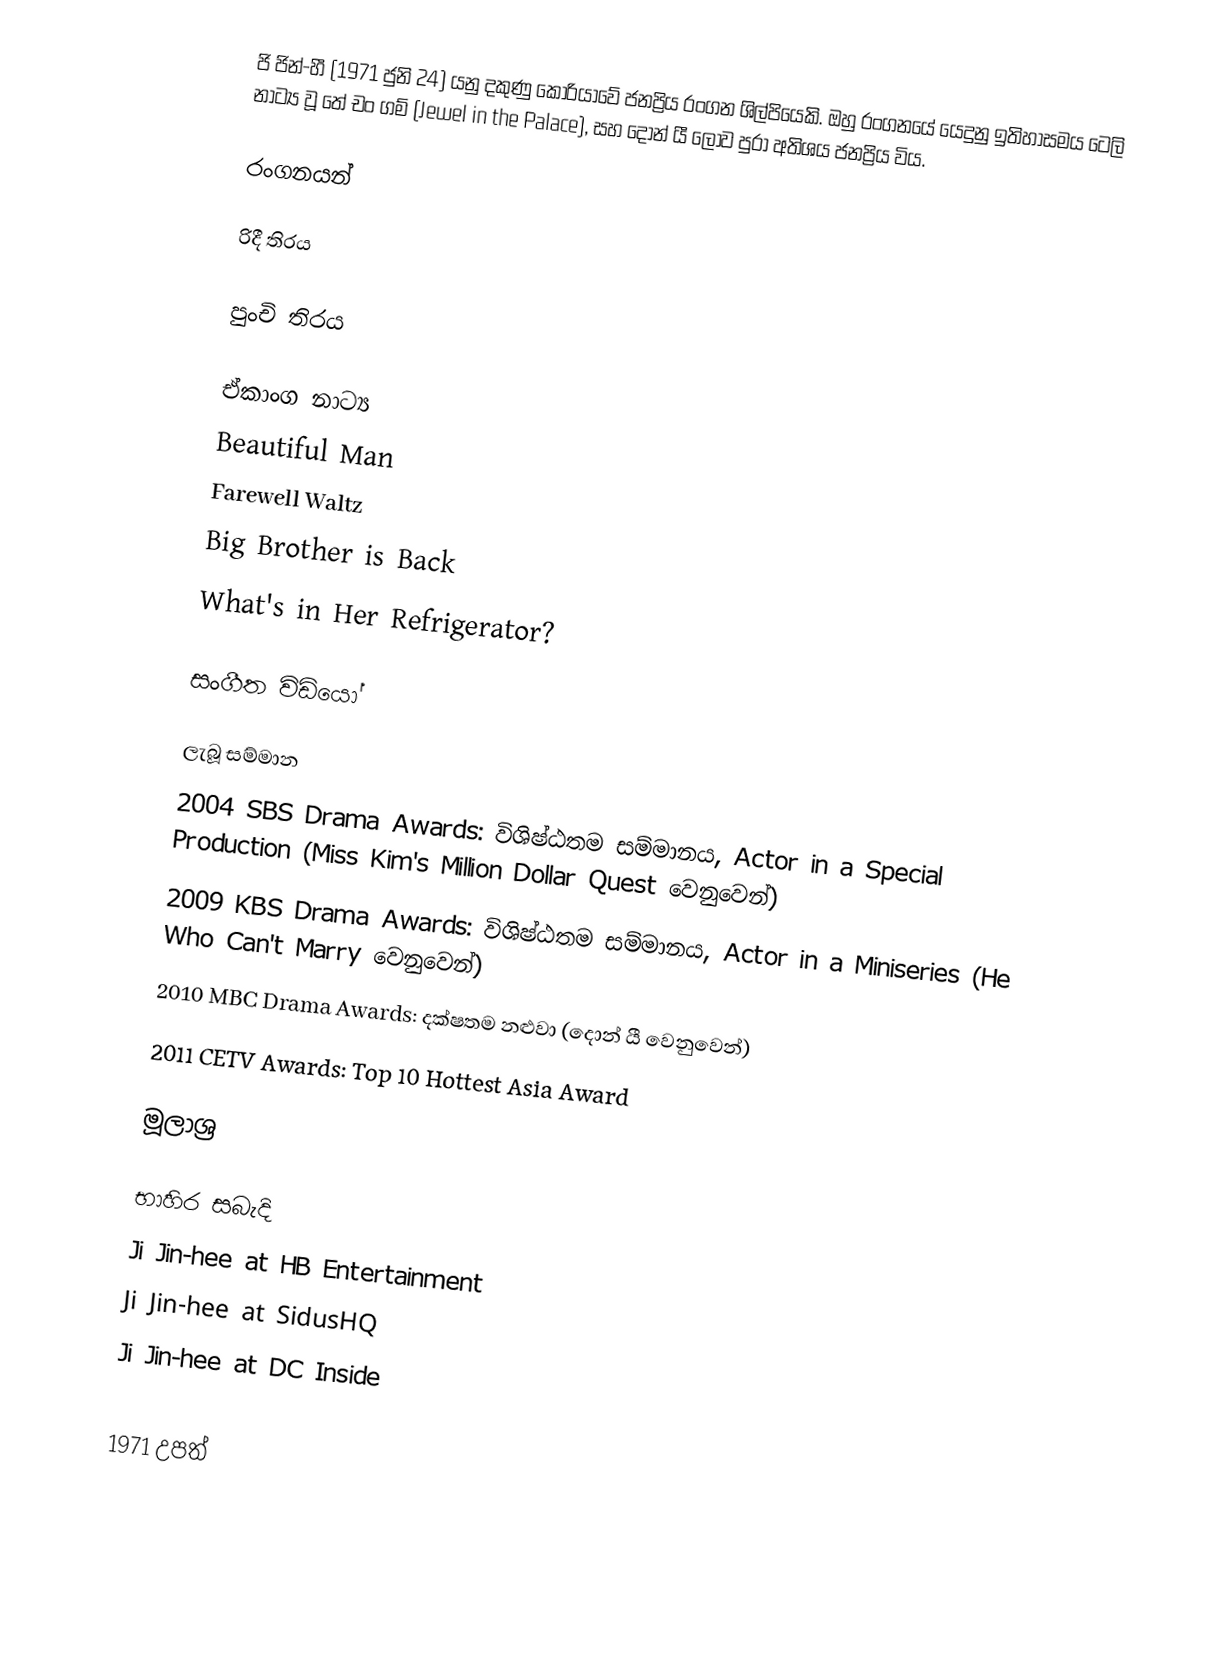
ජි ජින්-හී (1971 ජුනි 24) යනු දකුණු කොරියාවේ ජනප්‍රිය රංගන ශිල්පියෙකි. ඔහු රංගනයේ යෙදුනු ඉතිහාසමය ටෙලි නාට්‍ය වූ තේ චං ගම් (Jewel in the Palace), සහ දොන් යී ලොව පුරා අතිශය ජනප්‍රිය විය.

රංගනයන්

රිදී තිරය

පුංචි තිරය

ඒකාංග නාට්‍ය
 Beautiful Man
 Farewell Waltz
 Big Brother is Back
 What's in Her Refrigerator?

සංගීත විඩියෝ

ලැබූ සම්මාන
 2004 SBS Drama Awards: විශිෂ්ඨතම සම්මානය, Actor in a Special Production (Miss Kim's Million Dollar Quest වෙනුවෙන්)
 2009 KBS Drama Awards: විශිෂ්ඨතම සම්මානය, Actor in a Miniseries (He Who Can't Marry වෙනුවෙන්)
 2010 MBC Drama Awards: දක්ෂතම නළුවා (දොන් යී වෙනුවෙන්)
 2011 CETV Awards: Top 10 Hottest Asia Award

මූලාශ්‍ර

භාහිර සබැදි
 Ji Jin-hee at HB Entertainment
 Ji Jin-hee at SidusHQ
 Ji Jin-hee at DC Inside

1971 උපත්